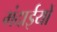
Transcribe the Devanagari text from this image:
मंदाईयों